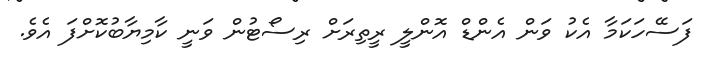
ފަސޭހަކަމާ އެކު ވަން އެންޑް އޮންލީ ރީތިރަށް ރިސޯޓުން ވަނީ ކާމިޔާބުކޮށްފަ އެވެ.